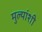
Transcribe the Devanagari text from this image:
मुल्यांशी